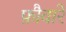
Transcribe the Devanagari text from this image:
फ़ौवारे